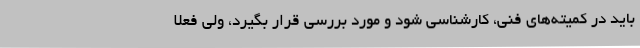
باید در کمیته‌های فنی، کارشناسی شود و مورد بررسی قرار بگیرد، ولی فعلا